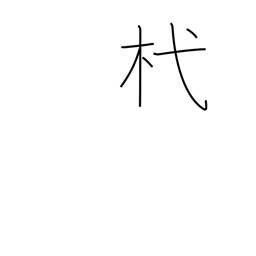
Meaning: stake